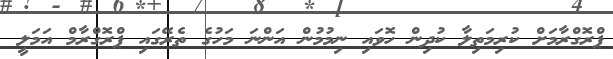
ޕްރޮގްރާމަށް ކުރިމަތިލާ ކުދިން ހޮވައި ނިމުމުން އަންނަ މަހުގެ ތެރޭގައި ޕްރޮގްރާމް އަމަލީ